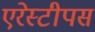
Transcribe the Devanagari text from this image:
एरेस्टीपस